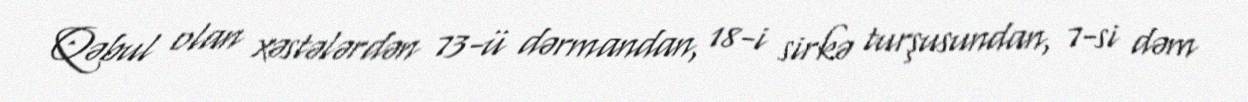
Qəbul olan xəstələrdən 73-ü dərmandan, 18-i sirkə turşusundan, 7-si dəm